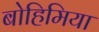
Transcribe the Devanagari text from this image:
बोहिमिया